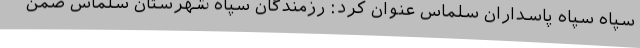
سپاه سپاه پاسداران سلماس عنوان کرد: رزمندگان سپاه شهرستان سلماس ضمن